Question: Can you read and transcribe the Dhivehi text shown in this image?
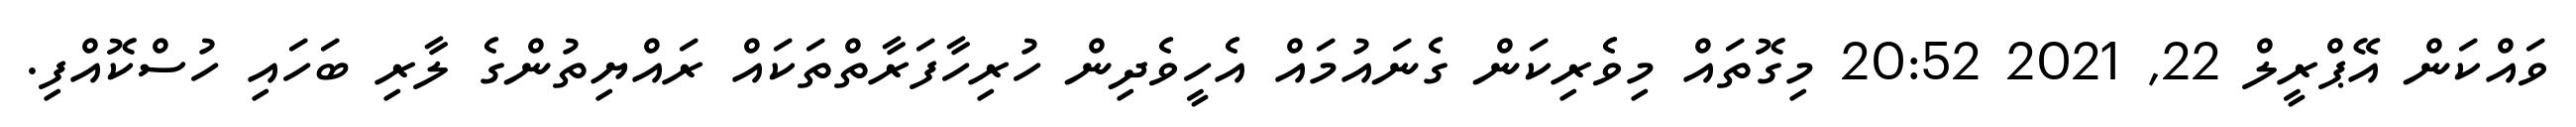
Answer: ވައްކަން އޭޕްރީލް 22, 2021 20:52 މިގޮތައް މިވެރިކަން ގެނައުމައް އެހީވެދިން ހުރިހާފަރާތްތަކައް ރައްޔިތުންގެ ލާރި ބަހައި ހުސްކޮއްފި.